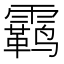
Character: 𫕳